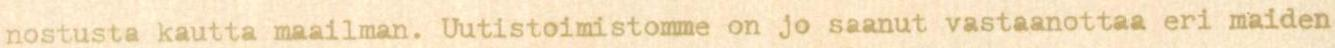
nostusta kautta maailman. Uutistoimistomme on jo saanut vastaanottaa eri maiden